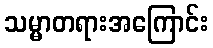
သမ္မာတရားအကြောင်း